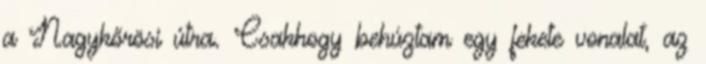
a Nagykőrösi útra. Csakhogy behúztam egy fekete vonalat, az